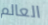
العالم